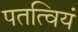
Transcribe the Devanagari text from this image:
पतत्वियं